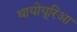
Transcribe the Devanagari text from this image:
थायोयूरिआ